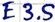
Text: E3.5